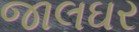
જાલઘર